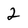
Character: 2